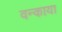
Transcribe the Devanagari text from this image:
वन्काया